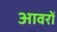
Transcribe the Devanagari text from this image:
आवरों